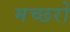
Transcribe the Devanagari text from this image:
मच्‍छरों